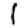
Digit: 1